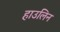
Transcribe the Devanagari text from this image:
हाउलिन